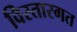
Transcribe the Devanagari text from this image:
विस्तारगत